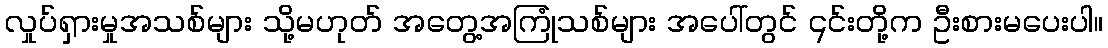
လှုပ်ရှားမှုအသစ်များ သို့မဟုတ် အတွေ့အကြုံသစ်များ အပေါ်တွင် ၎င်းတို့က ဦးစားမပေးပါ။